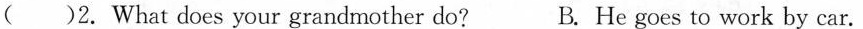
( )2. What does your grandmother do? B. He goes to work by car. hospital.